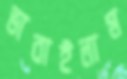
ভাবাইলাম